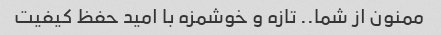
ممنون از شما.. تازه و خوشمزه با امید حفظ کیفیت